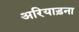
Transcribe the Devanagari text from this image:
अरियाड़ना